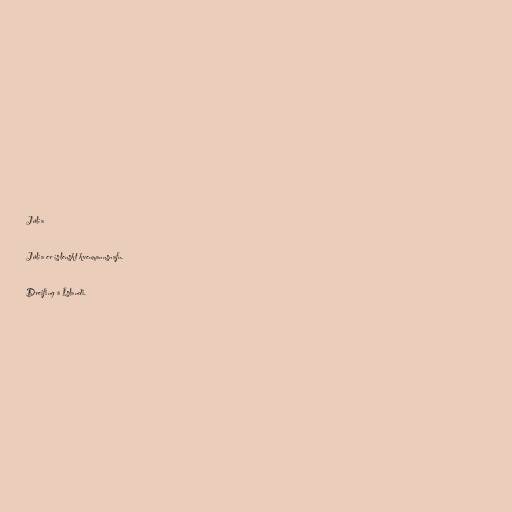
Júlía

Júlía er íslenskt kvenmannsnafn.

Dreifing á Íslandi.